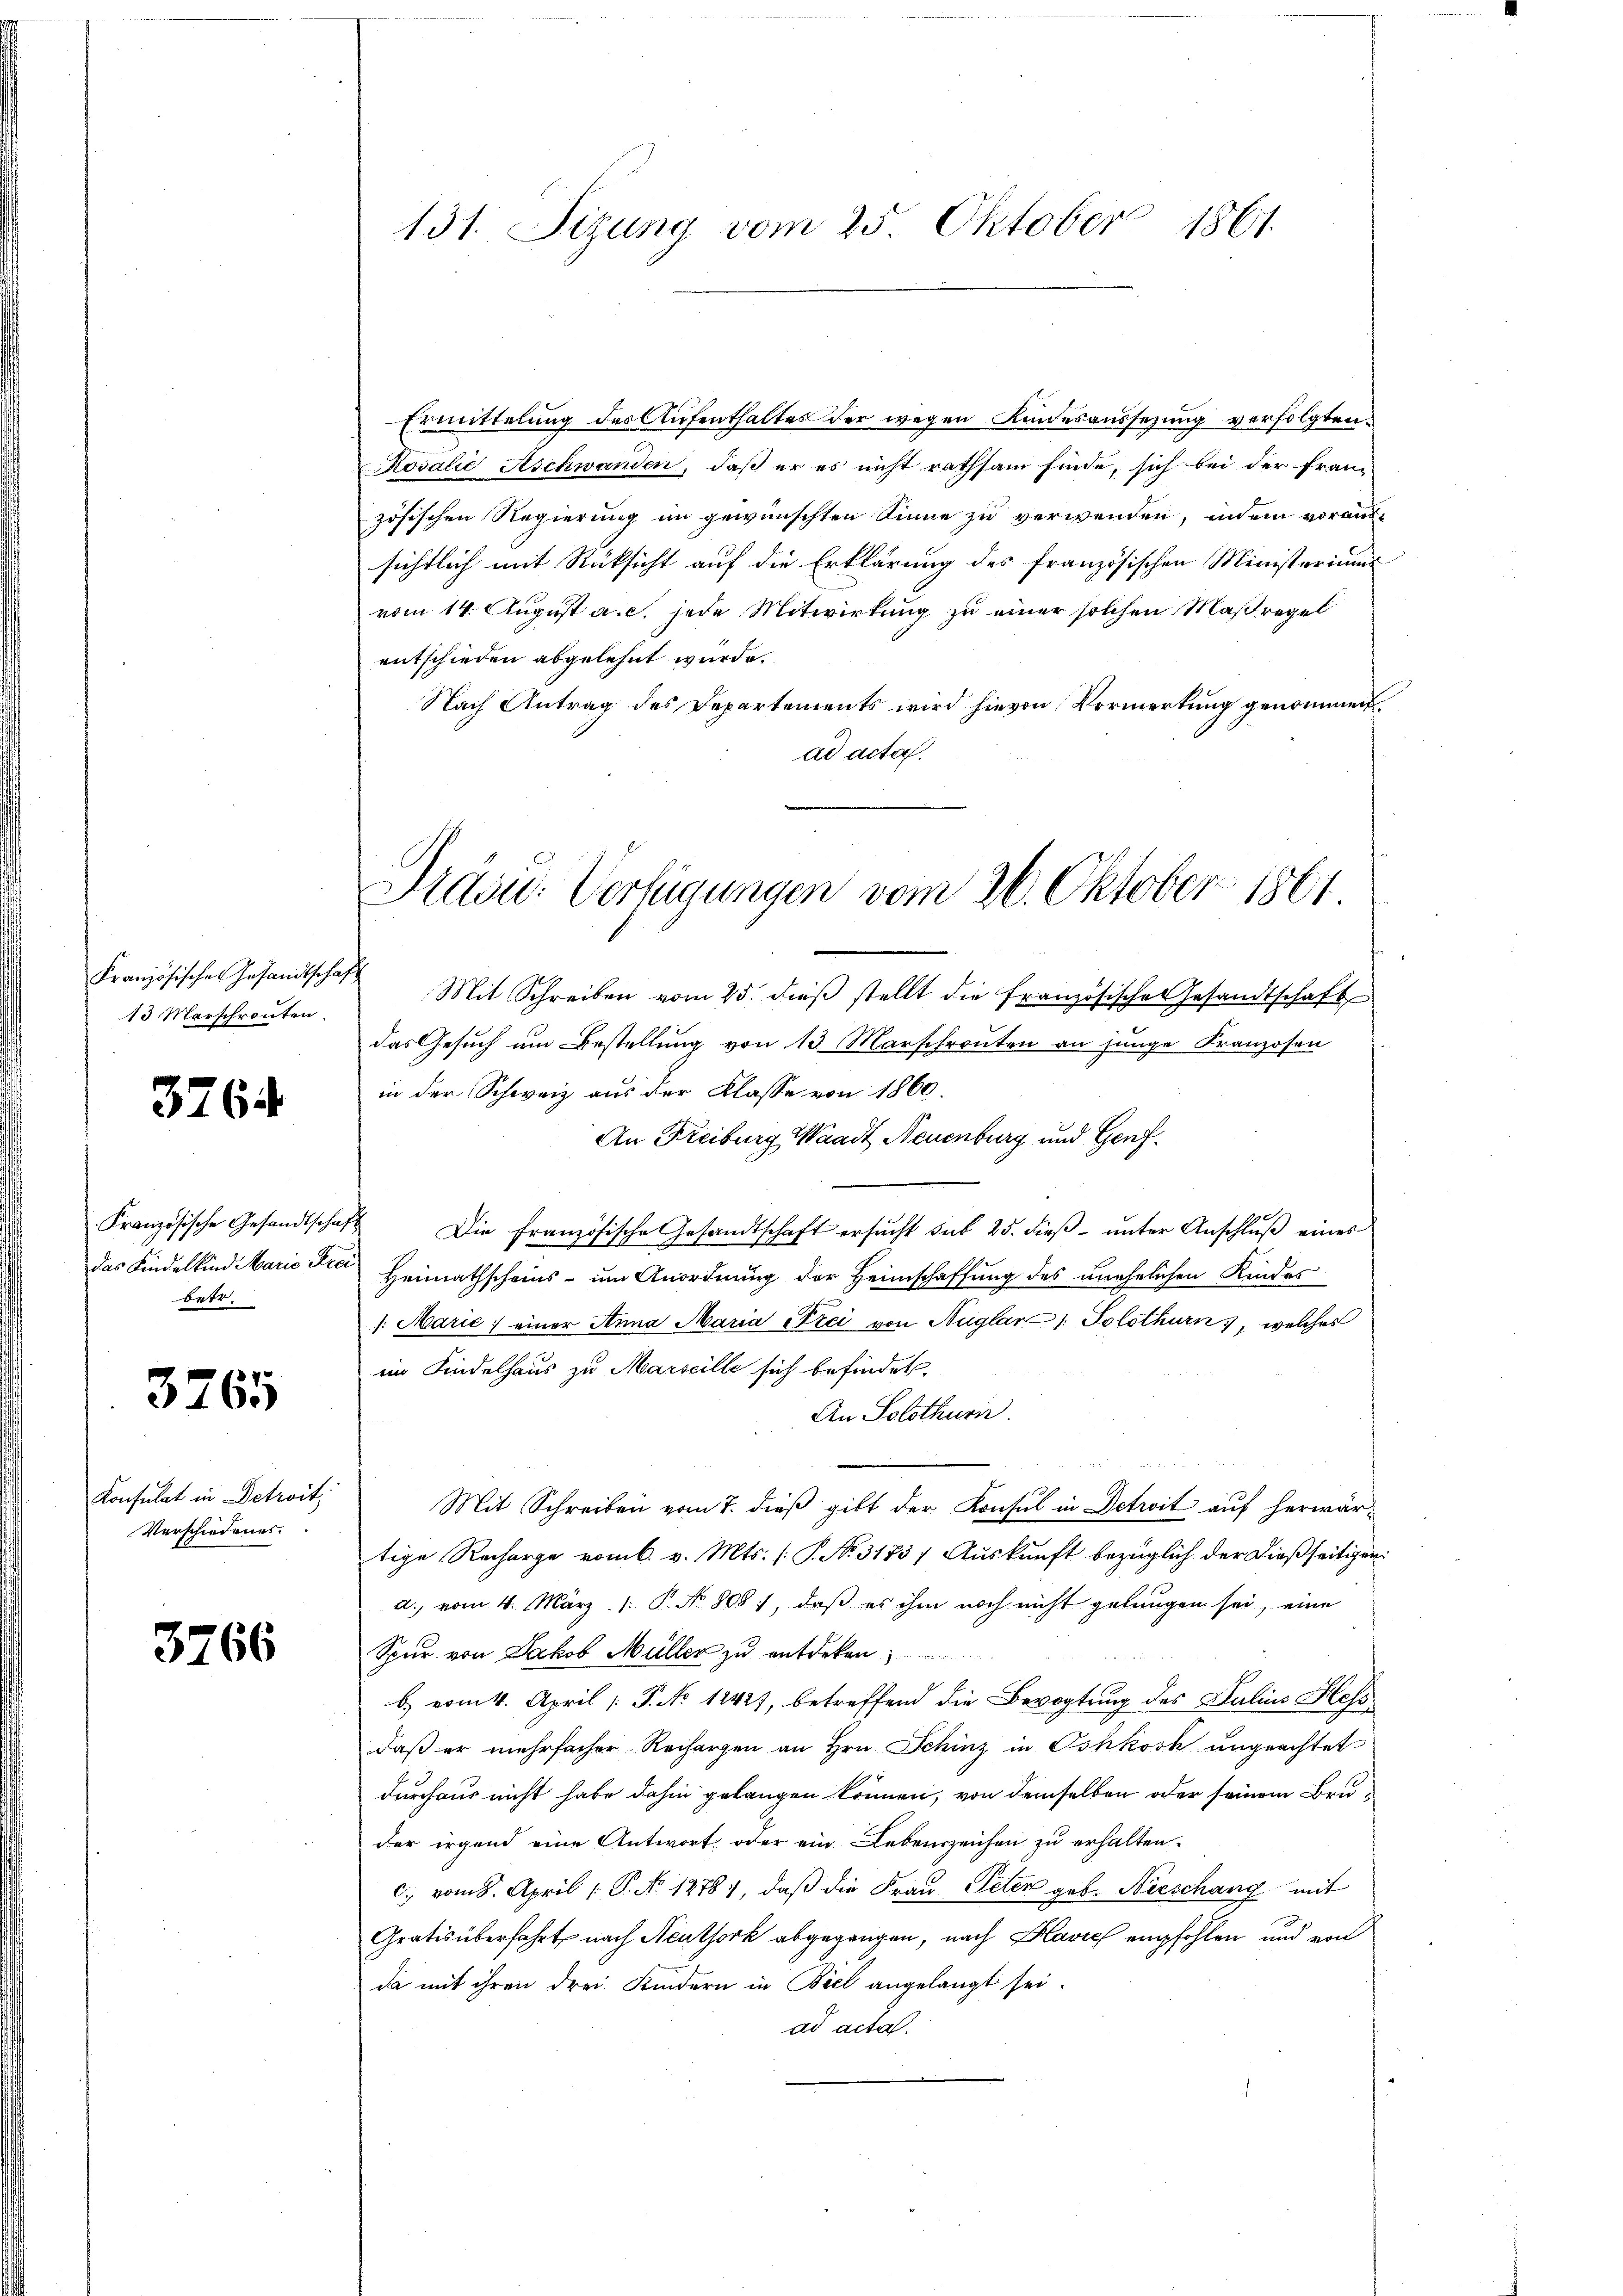
Französischer Gesandtschaft
13 Marschronten.

3764

betr.

3765

Konsulat in Detroit;
Verschiedenes.

3766

Ermittelung des Aufenthaltes der wegen Kindesaussetzung verfolgten
Kosalie Aschwanden, daß er es nicht rathsam finde, sich bei der Franz
zösischen Regierung im gewünschten Sinne zu verwenden, indem voraus-
sichtlich mit Rücksicht auf die Erklärung des französischen Ministeriums
vom 14. August a. c. jede Mitwirkung zu einer solchen Maßregel
entschieden abgelehnt wurde.
Nach Antrag des Departements wird hievon Vormerkung genommen,
ad acta.
Mit Schreiben vom 25. dieβ stellt die französische Gesandtschaft
das Gesŭch ŭm Bestellŭng von 13. Marschronten an junge Kranzosen
in der Schweiz aus der Klasse von 1860.
An Freiburg Waadt, Neuenburg und Genf¬
Französische Gesandtschaft Die französische Gesandtschaft ersŭcht sub 25. dieβ ŭnter Anschlŭβ eines
das Kindelkind Marie die Heimathscheins - um Anordnung der Heimschaffung des unehelichen Kindes
/: Marie; einer Anna Maria Fici von Nuglar: Solothurn, welches
im Kindelhaus zu Marseille sich befindet.
An Solothurir
Mit Schreiben vom 7. dieß gibt der Konsul in Petrit auf herwärtige Recharge vom 6. v. Mts. (: P. Nr. 31857 Aŭskŭnft bezüglich der dießseitigen
d. vom 4. März /: P. No. 808), daβ es ihm noch nicht gelangen sei, eine
Spur von Jakob Müller zu entdeken,
b) vom 4. April ( P. No 12421, betreffend die Bevogtung des Julius Hess
daß er mehrfacher Rechargen an Hrn. Schinz in Oshkosk ungeachtet
durchaus nicht habe dahin gelangen können, von demselben oder seinem Bruder irgend eine Antwort oder ein Lebenszeichen zu erhalten.
c. vom 8. April 1 S. No. 1278), daß die Frau Peter geb. Nieschang mit
Gratis überfahrt nach Neuthork abgegangen, nach Plavieh empfohlen und von
da mit ihren drei Kindern in Biel angelangt sei.
ad acta.

131. Sizung vom 25. Oktober 1861.

Präsu: Verfügungen vom 26. Oktober 1864